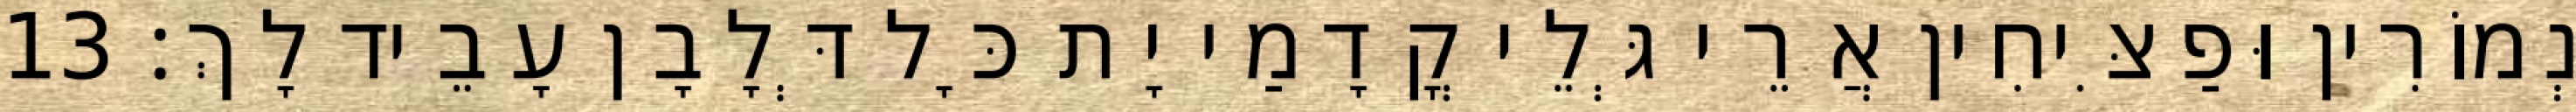
נְמוֹרִין וּפַצִּיחִין אֲרֵי גְּלֵי קֳדָמַי יָת כָּל דְּלָבָן עָבֵיד לָךְ׃ 13